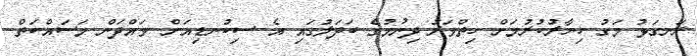
ރަނގަޅު މަގު ޚިޔާރުކުރުމަށް ހިތްވަރު ދިނުމުގެ ބަދަލުގައި އެ ސިކުނޑިއަށް ވައްދަން މަސައްކަތް